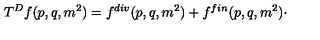
T ^ { D } f ( p , q , m ^ { 2 } ) = f ^ { d i v } ( p , q , m ^ { 2 } ) + f ^ { f i n } ( p , q , m ^ { 2 } ) \cdot